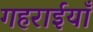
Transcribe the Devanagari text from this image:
गहराईयाँ